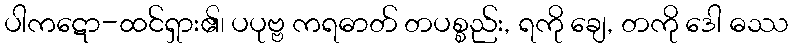
ပါကဋော-ထင်ရှား၏၊ ပပုဗ္ဗ ကရဓာတ် တပစ္စည်း, ရကို ချေ, တကို ဒေါ ဓဿ